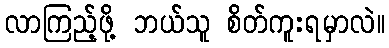
လာကြည့်ဖို့ ဘယ်သူ စိတ်ကူးရမှာလဲ။